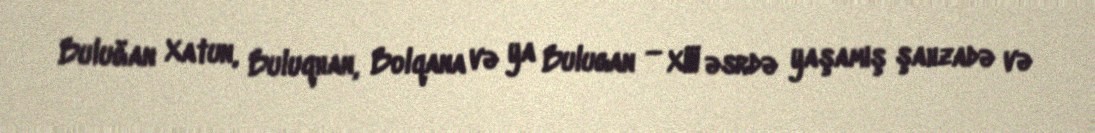
Buluğan Xatun, Buluqhan, Bolqana və ya Bulugan — XIII əsrdə yaşamış şahzadə və